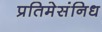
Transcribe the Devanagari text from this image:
प्रतिमेसंनिध